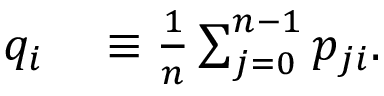
\begin{array} { r l } { q _ { i } } & { { } \equiv \frac { 1 } { n } \sum _ { j = 0 } ^ { n - 1 } p _ { j i } . } \end{array}